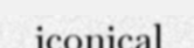
iconical